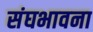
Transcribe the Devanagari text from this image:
संघभावना